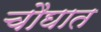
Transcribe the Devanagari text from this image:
चौघात